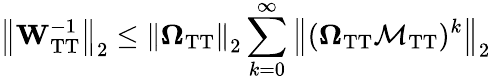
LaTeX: \left\Vert\mathbf{W}_{\mathrm{TT}}^{-1}\right\Vert_{2}\leq\left\Vert\mathbf{\Omega}_{\mathrm{TT}}\right\Vert_{2}\sum_{k=0}^{\infty}\left\Vert(\mathbf{\Omega}_{\mathrm{TT}}\mathbf{\mathcal{M}}_{\mathrm{TT}})^{k}\right\Vert_{2}